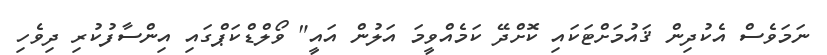
ނަމަވެސް އެކުދިން ޤައުމަށްޓަކައި ކޮށްދޭ ކަމެއްވީމަ އަލުން އައީ" ވޯލްޑްކަޕްގައި އިންސާފުކުރި ދިވެހި